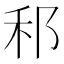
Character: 𮂰